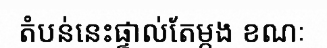
តំបន់នេះផ្ទាល់តែម្តង ខណៈ